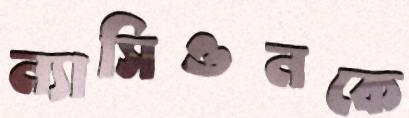
ন্যাসিওনকে